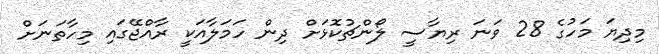
މިދިޔަ މަހުގެ 28 ވަނަ ރިޔާސީ ލޯންޗުކޮޅަށް ދިން ހަމަލާއަކީ ރާއްޖޭގައި މިހާތަނަށް